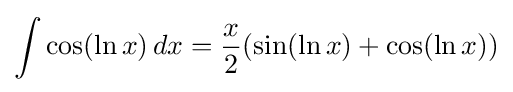
\int \cos(\ln x)\,dx={\frac {x}{2}}(\sin(\ln x)+\cos(\ln x))